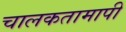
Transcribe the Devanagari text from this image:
चालकतामापी